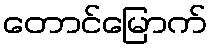
တောင်မြောက်